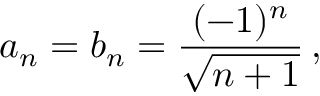
a _ { n } = b _ { n } = { \frac { ( - 1 ) ^ { n } } { \sqrt { n + 1 } } } \, ,